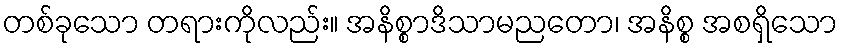
တစ်ခုသော တရားကိုလည်း။ အနိစ္စာဒိသာမညတော၊ အနိစ္စ အစရှိသော